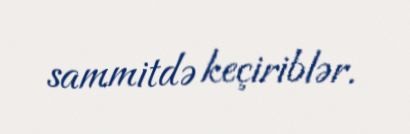
sammitdə keçiriblər.